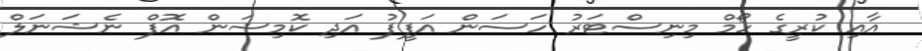
އާއި ކުރީގެ ހޯމް މިނިސްޓަރު ހަސަން އަފީފު އަދި ކޮމިޝަން އޮފް ނެޝަނަލް